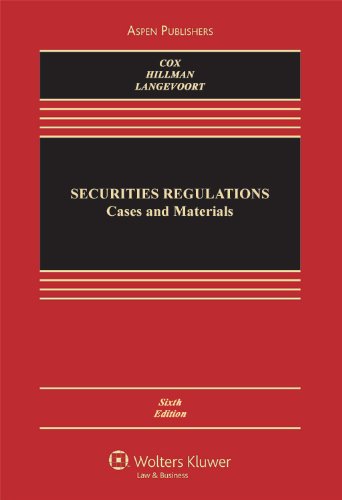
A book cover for Securities Regulation: Cases and Materials 6e; James D. Cox; Law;